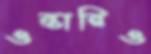
ওন্তারিও